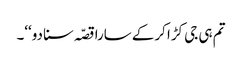
تم ہی جی کڑا کرکے سارا قصّہ سنا دو‘‘۔